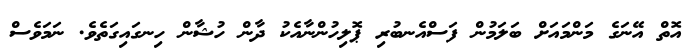
އޮތް އޭނަގެ މަންމައަށް ބަލަމުން ފަސްއެނބުރި ޕޮލިހުންނާއެކު ދާން ހުޝާން ހިނގައިގަތެވެ. ނަމަވެސް